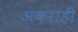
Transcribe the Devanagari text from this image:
अकराहीं